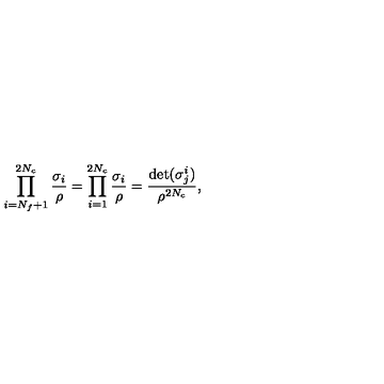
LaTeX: \prod _ { i = N _ { f } + 1 } ^ { 2 N _ { c } } \frac { \sigma _ { i } } { \rho } = \prod _ { i = 1 } ^ { 2 N _ { c } } \frac { \sigma _ { i } } { \rho } = \frac { \det ( \sigma _ { j } ^ { i } ) } { \rho ^ { 2 N _ { c } } } ,